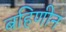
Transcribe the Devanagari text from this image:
बहिणीन